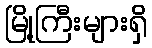
မြို့ကြီးများရှိ